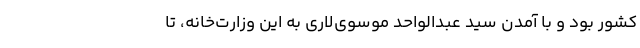
کشور بود و با آمدن سید عبدالواحد موسوی‌لاری به این وزارت‌خانه، تا